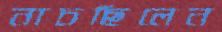
নাচছিলেন